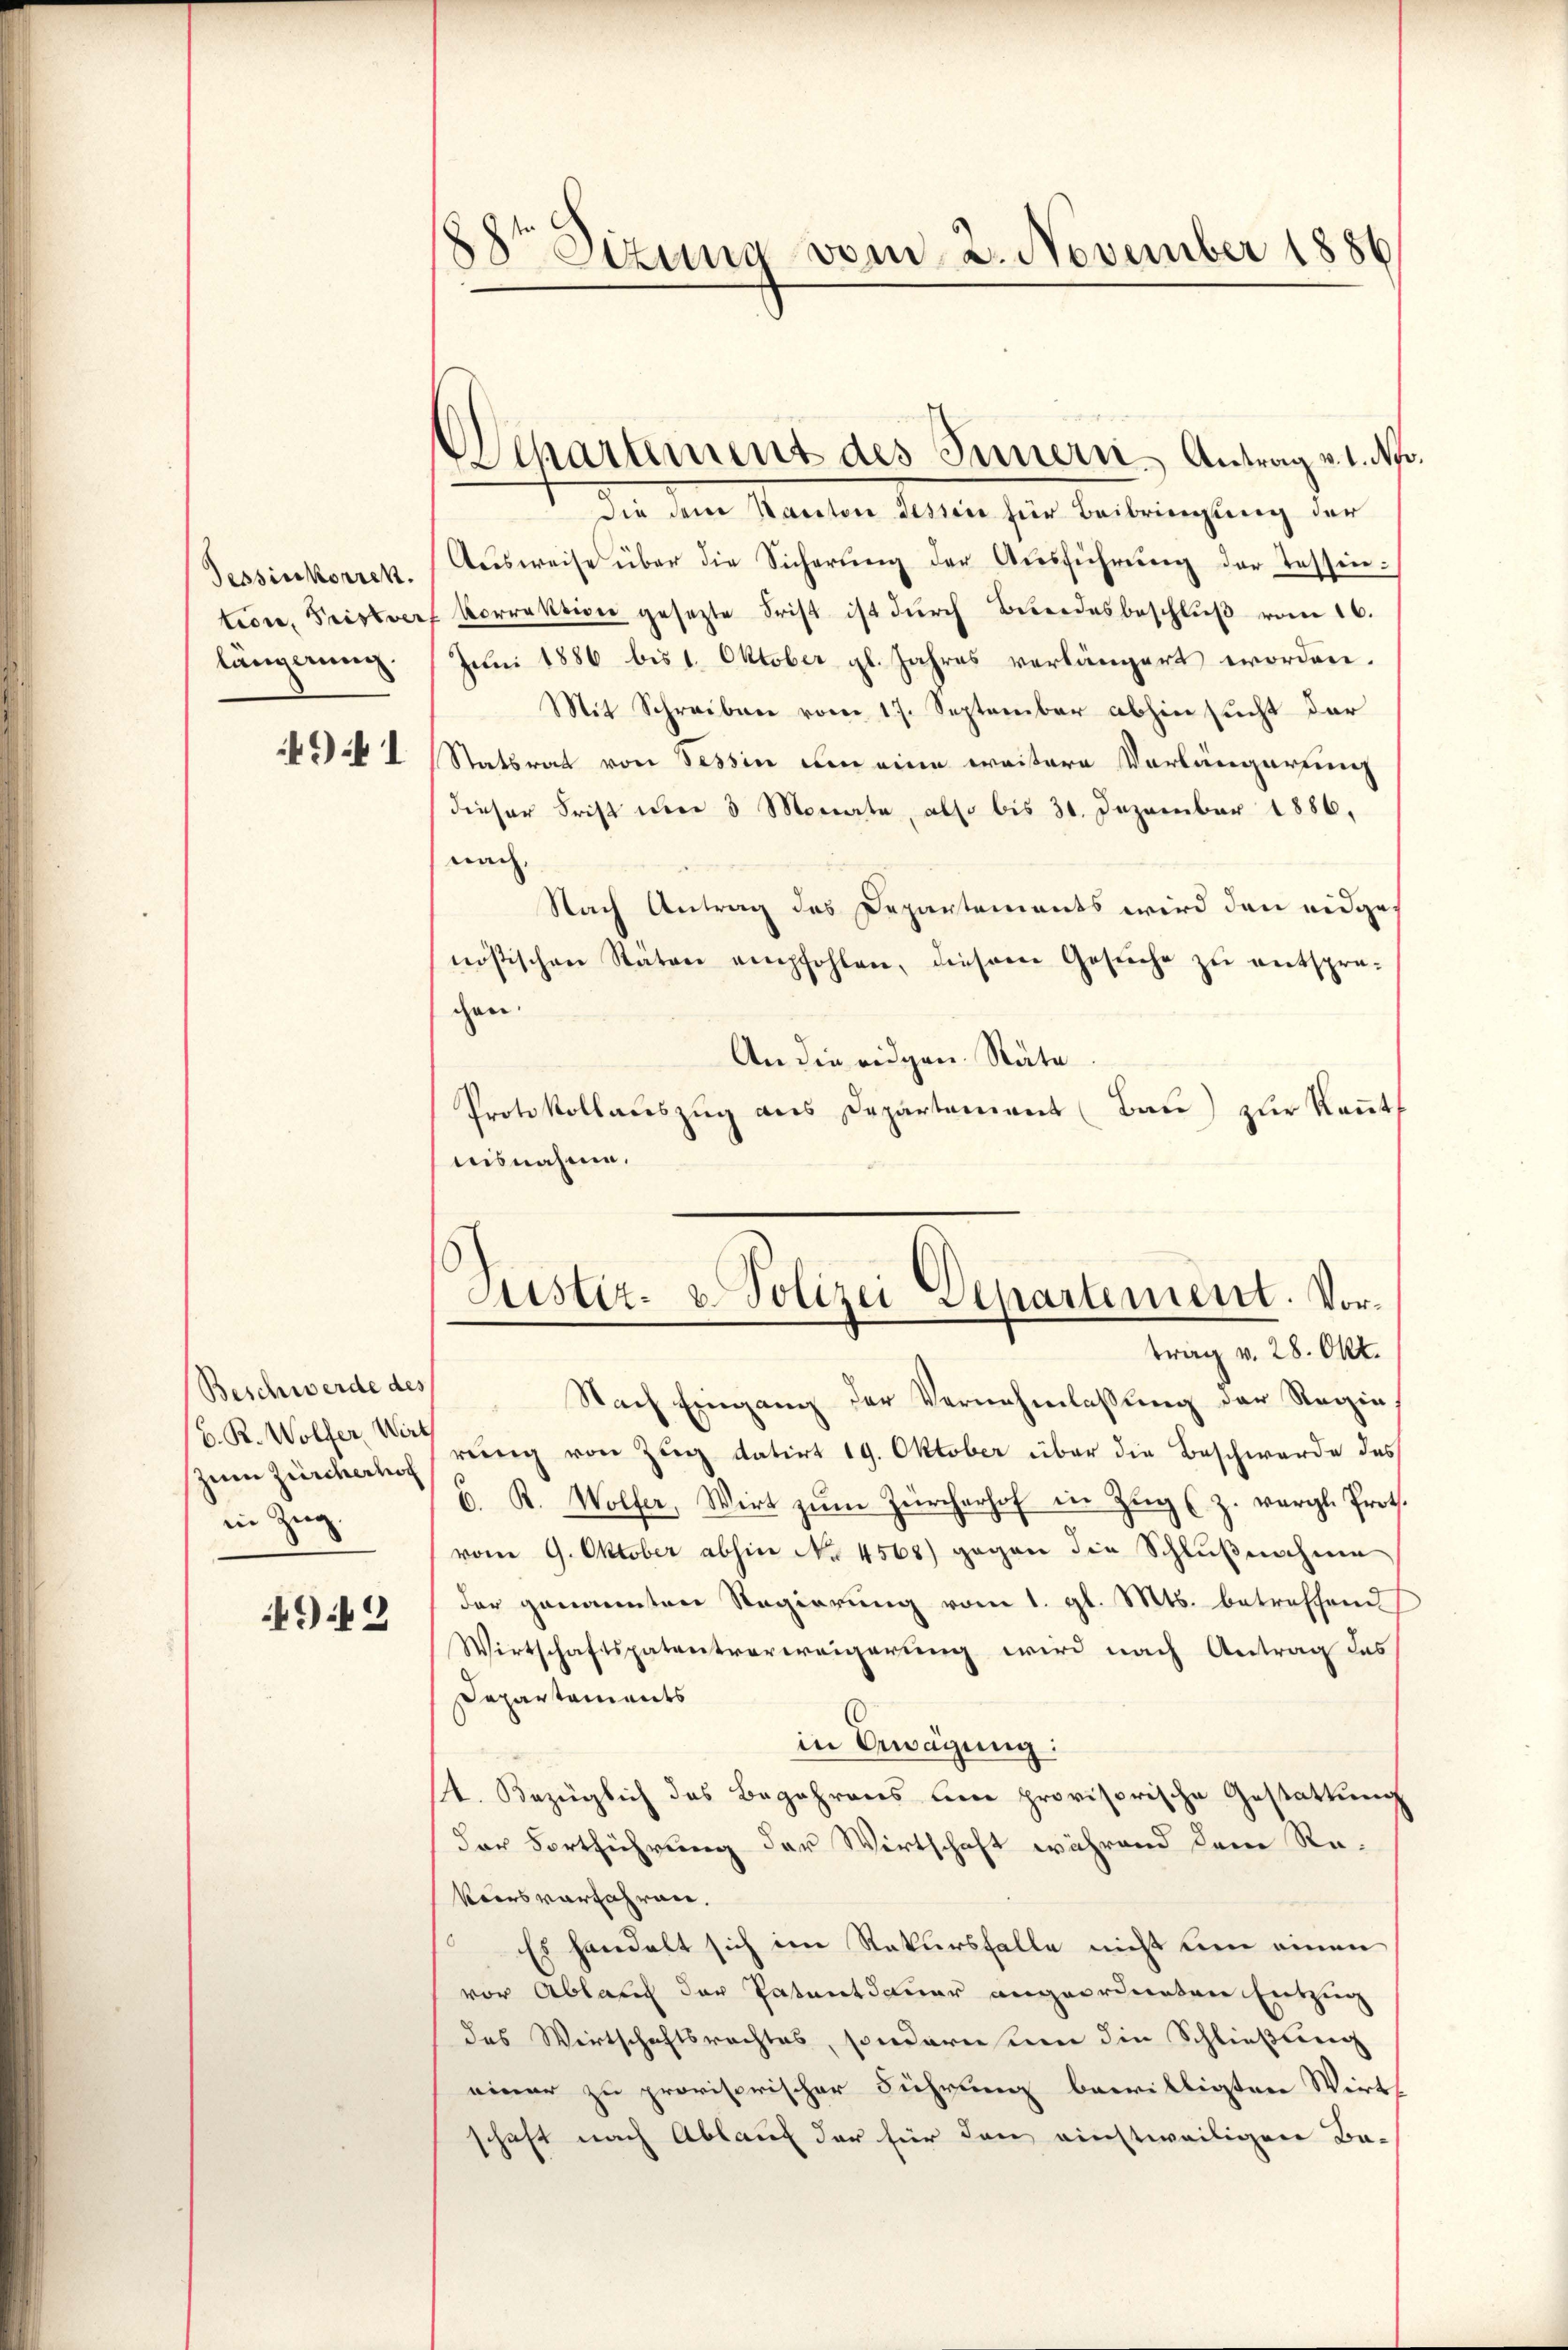
Tessinkorrek
längerung.

49. 1

Beschwerde des
C. R. Wolfer, Wirt
zum Zürcherhof
in Zug.

942

88te Sizung vom 2. November 1886

Departement des Innern, Antrag v. 1. No.

die dem Kanton Tessin für Beibringung der
Aŭsweise über die Sicherŭng der Aŭsführŭng der Tessin:
tion, Fristverf korrektion gesetzte Frist ist dŭrch Bundesbeschlŭβ vom 16.
Juni 1886 bis 1. Oktober gl. Jahres verlängert worden.
Mit Schreiben vom 17. September abhin sucht der
Statsrat von Tessin um eine weitere Vorlängerung
dieser Frist um 3 Monate, also bis 31. Dezember 1886.
nach
Nach Antrag des Departements wird den eidge
nössischen Stäten empfohlen, diesem Gesuche zu entsprechen.
An die eidgen. Räte
Protokollauszug aus Departement (Bau) zur Keṅt
nisnahme.

Nach Eingang der Vernehmlassung der Regierŭng von Zŭg datirt 19. Oktober über die Beschwerde des
C. R. Wolfer, Wirt zŭm Zürcherhof in Zŭg (z. vergl. Prot.
vom 9. Oktober abhin No 4565) gegen die Schlußnahme
der genannten Regierung vom 1. gl. Mts. betreffend
Wirtschaftspatentverweigerung wird nach Antrag des
Departements
in Erwägung:
4. Bezüglich das Begehrens une provisorische Gestattung
der Fortführung der Wirtschaft während dem Re¬
Koirs verfahren.
Es handelt sich im Rekursfalle nicht eine einen
vor Ablauf der Patentdauer angeordenten Entzug
das Wirtschaftsrechtes, sondern um die Schließung
einer zu provisorischer Führung bewilligten Wirt
schaft nach Ablauf der für den einstweiligen Ba-

Justiz- & Polizei Departement. Vortrag v. 28. Okt.